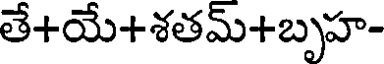
తే+యే+శతమ్+బృహ-